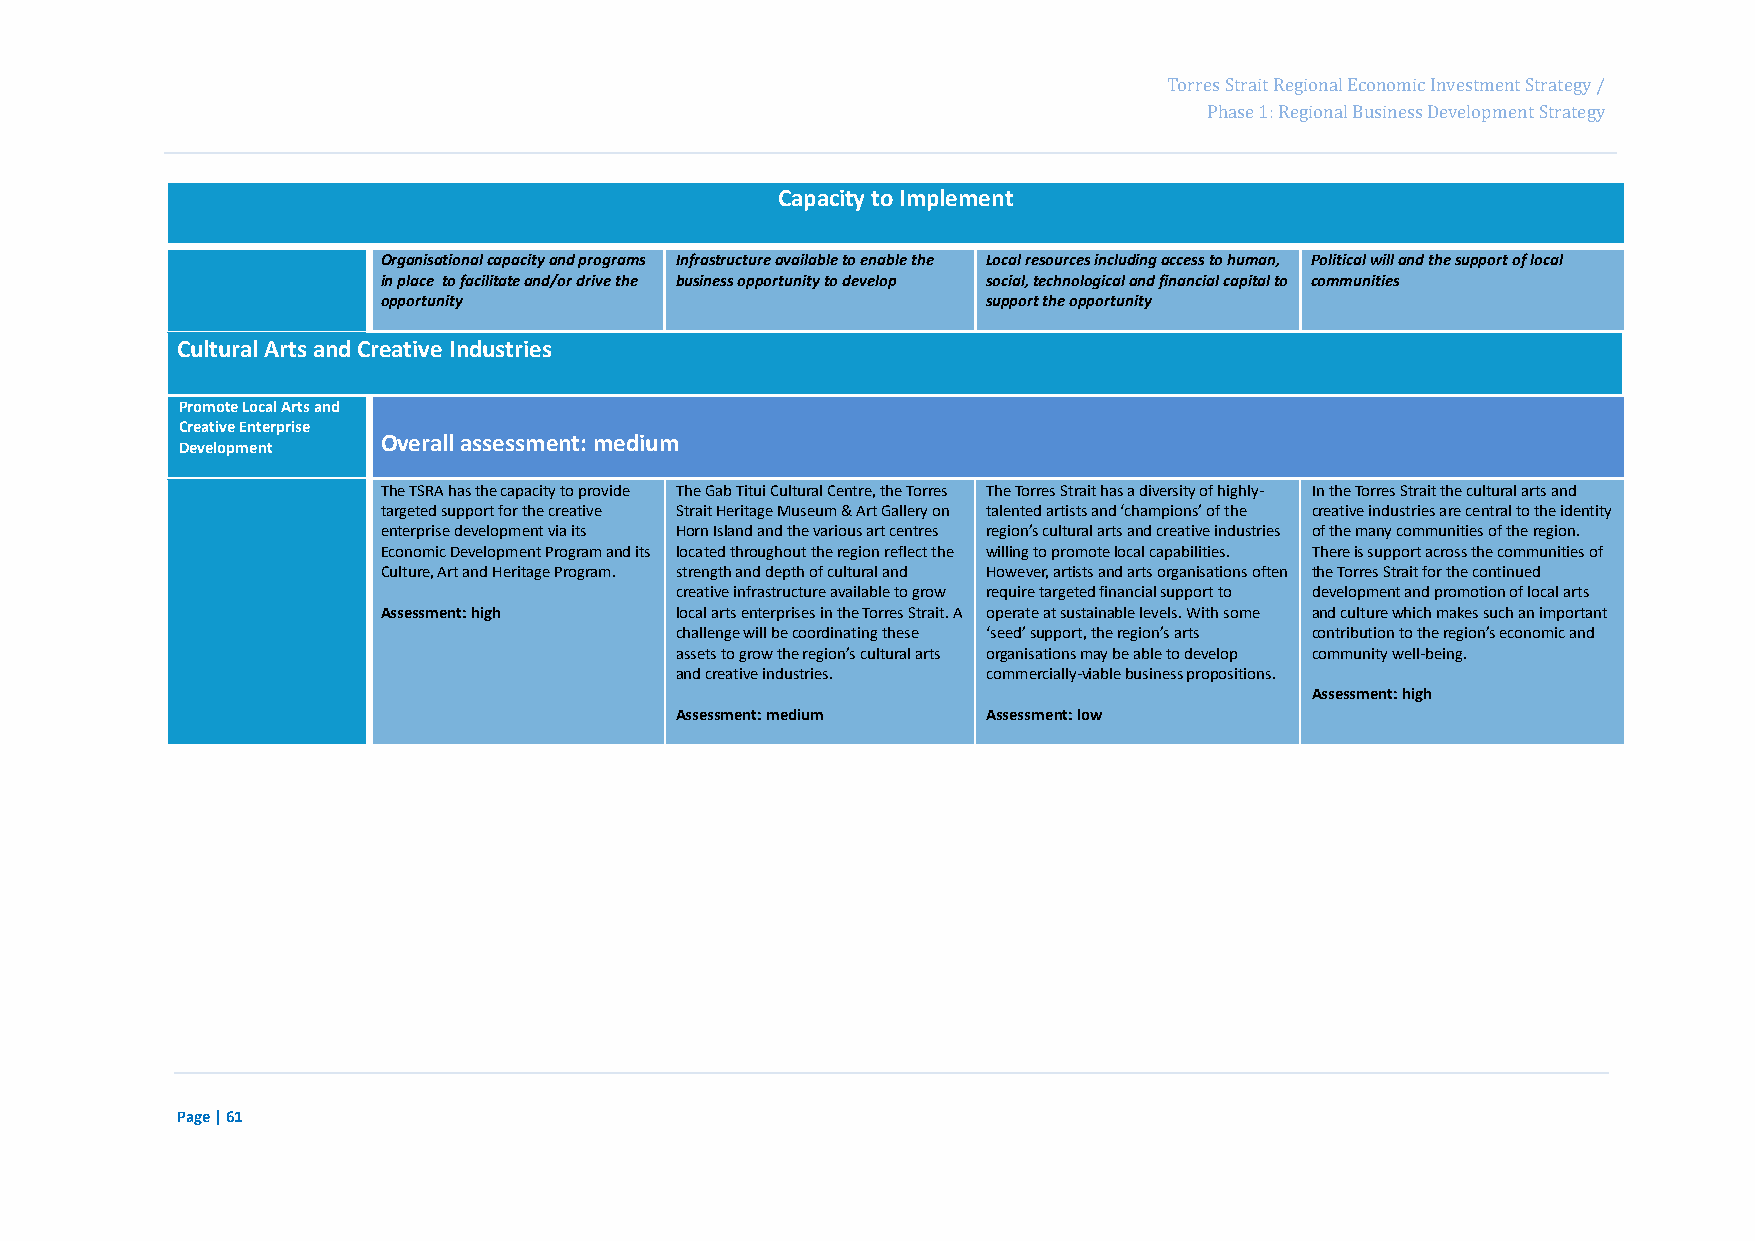
Page 77
 Torres Strait Regional Economic Investment Strategy /
 Phase 1: Regional Business Development Strategy
 Capacity to Implement
 Organisational capacity and programs Infrastructure available to enable the Local resources including access to human, Political will and the support of local
 in place to facilitate and/or drive the business opportunity to develop social, technological and financial capital to communities
 opportunity                             support the opportunity
 Cultural Arts and Creative Industries
 Promote Local Arts and
 Creative Enterprise
 Overall assessment: medium
 Development
 The TSRA has the capacity to provide The Gab Titui Cultural Centre, the Torres The Torres Strait has a diversity of highly- In the Torres Strait the cultural arts and
 targeted support for the creative Strait Heritage Museum & Art Gallery on talented artists and ‘champions’ of the creative industries are central to the identity
 enterprise development via its Horn Island and the various art centres region’s cultural arts and creative industries of the many communities of the region.
 Economic Development Program and its located throughout the region reflect the willing to promote local capabilities. There is support across the communities of
 Culture, Art and Heritage Program. strength and depth of cultural and However, artists and arts organisations often the Torres Strait for the continued
 creative infrastructure available to grow require targeted financial support to development and promotion of local arts
 Assessment: high    local arts enterprises in the Torres Strait. A operate at sustainable levels. With some and culture which makes such an important
 challenge will be coordinating these ‘seed’ support, the region’s arts contribution to the region’s economic and
 assets to grow the region’s cultural arts organisations may be able to develop community well-being.
 and creative industries. commercially-viable business propositions.
 Assessment: high
 Assessment: medium  Assessment: low
 Page | 61